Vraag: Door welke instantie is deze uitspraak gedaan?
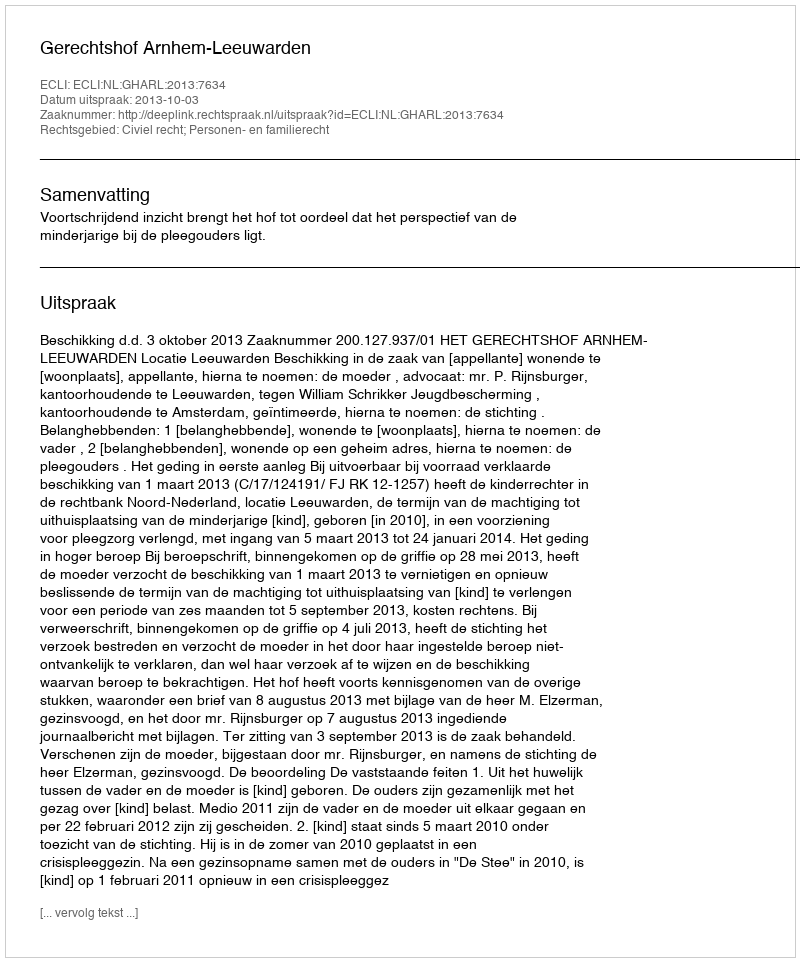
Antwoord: Gerechtshof Arnhem-Leeuwarden